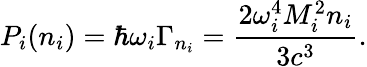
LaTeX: P_{i}(n_{i})=\hbar\omega_{i}\Gamma_{n_{i}}=\frac{2\omega_{i}^{4}M_{i}^{2}n_{i}}{3c^{3}}.